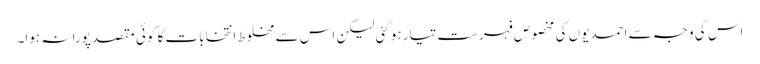
اس کی وجہ سے احمدیوں کی مخصوص فہرست تیار ہوگئی لیکن اس سے مخلوط انتخابات کا کوئی مقصد پورا نہ ہوا۔